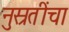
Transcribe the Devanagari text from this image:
नुस्रतींचा